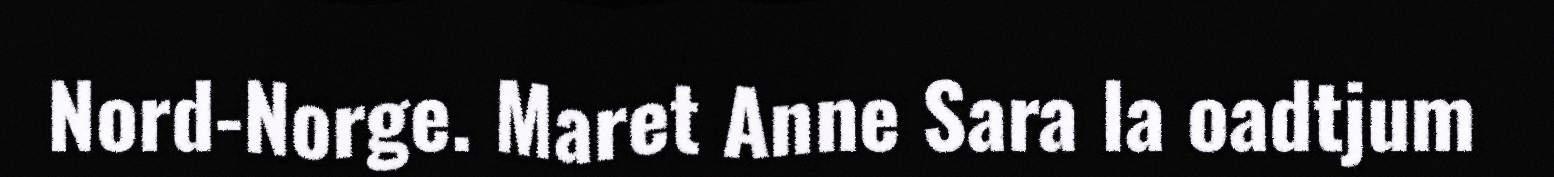
Nord-Norge. Maret Anne Sara la oadtjum